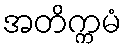
အတိက္ကမံ